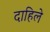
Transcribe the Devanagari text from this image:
दाहिले